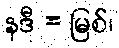
နဒီ = မြစ်၊